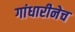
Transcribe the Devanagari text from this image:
गांधारीनेच